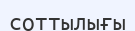
соттылығы